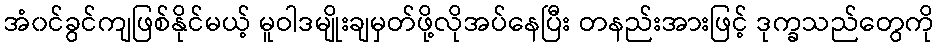
အံ၀င်ခွင်ကျဖြစ်နိုင်မယ့် မူဝါဒမျိုးချမှတ်ဖို့လိုအပ်နေပြီး တနည်းအားဖြင့် ဒုက္ခသည်တွေကို